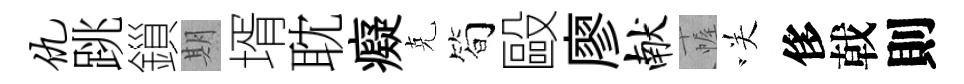
仇跳鎻期壻耽癡克简毆廖献幄咲侈戟則